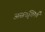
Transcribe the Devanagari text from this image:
असंतृप्तियाँ